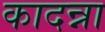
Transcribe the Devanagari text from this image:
कादन्ना